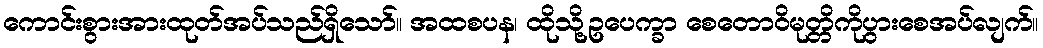
ကောင်းစွားအားထုတ်အပ်သည်ရှိသော်။ အထစပန၊ ထိုသို့ဥပေက္ခာ စေတောဝိမုတ္တိကိုပွားစေအပ်လျက်။